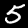
Label: 5